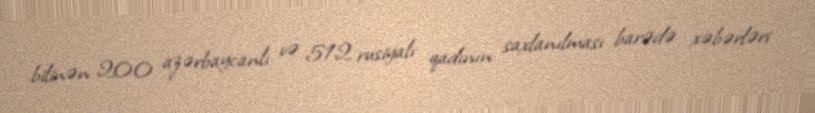
bilinən 200 azərbaycanlı və 512 rusiyalı qadının saxlanılması barədə xəbərləri